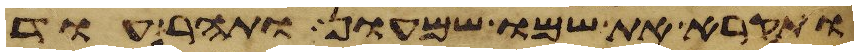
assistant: ותקרא את שמו שמעון ותהר עוד